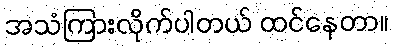
အသံကြားလိုက်ပါတယ် ထင်နေတာ။